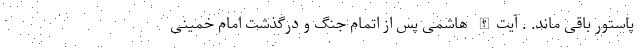
پاستور باقی ماند. . آیت‌الله هاشمی پس از اتمام جنگ و درگذشت امام خمینی